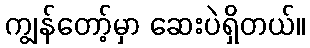
ကျွန်တော့်မှာ ဆေးပဲရှိတယ်။